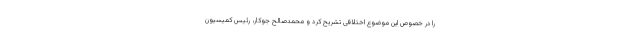
را در خصوص این موضوع اختلافی تشریح کرد و محمدصالح جوکار، رئیس کمیسیون